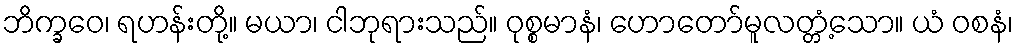
ဘိက္ခဝေ၊ ရဟန်းတို့။ မယာ၊ ငါဘုရားသည်။ ဝုစ္စမာနံ၊ ဟောတော်မူလတ္တံ့သော။ ယံ ဝစနံ၊